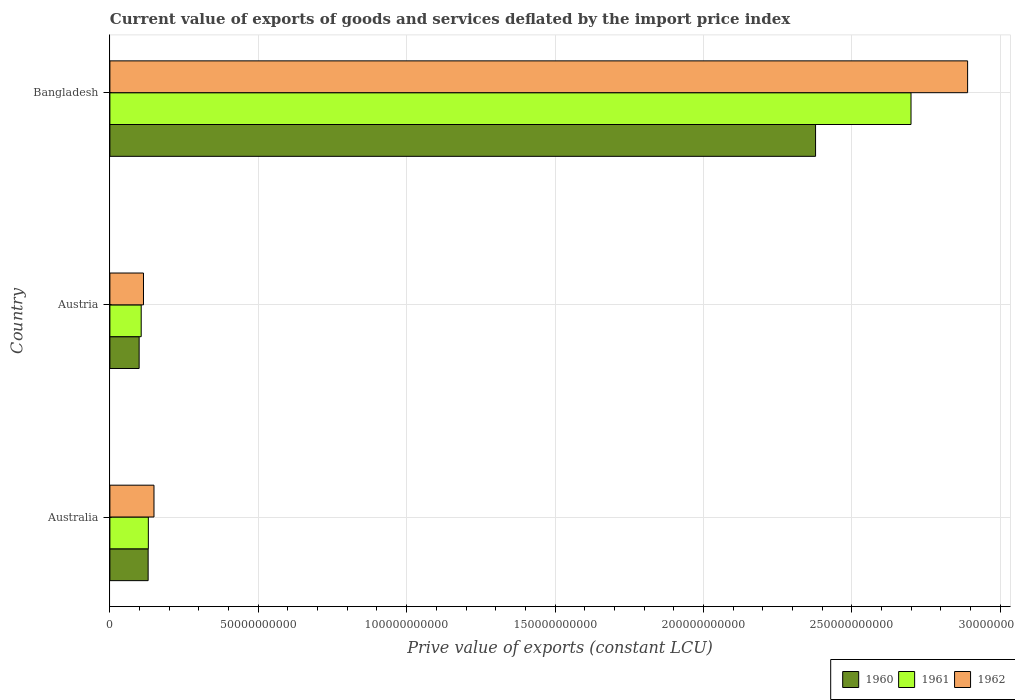
| Country | 1960 | 1961 | 1962 |
 | --- | --- | --- | --- |
 | Australia | 1.29e+10 | 1.3e+10 | 1.49e+10 |
 | Austria | 9.86e+09 | 1.06e+10 | 1.13e+10 |
 | Bangladesh | 2.38e+11 | 2.7e+11 | 2.89e+11 |